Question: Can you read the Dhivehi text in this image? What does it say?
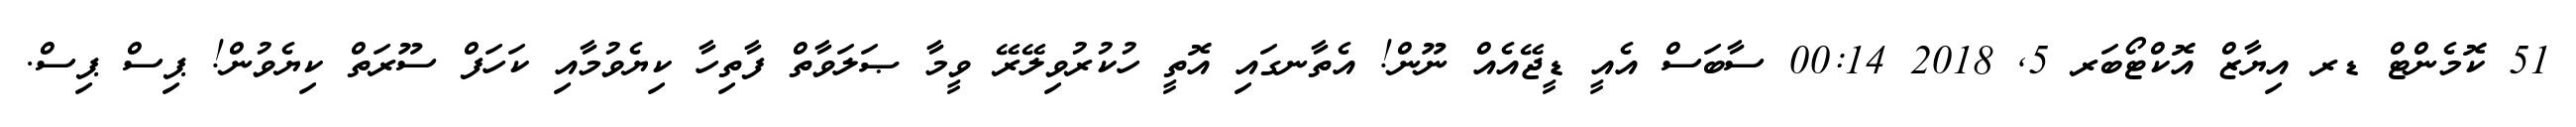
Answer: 51 ކޮމެންޓް ޑރ އިޔާޒް އޮކްޓޯބަރ 5, 2018 00:14 ސާބަސް އެއީ ޑީޖޭއެއް ނޫން! އެތާނގައި އޮތީ ހުކުރުވިލޭރޭ ވީމާ ޞަލަވާތް ފާތިހާ ކިޔެވުމާއި ކަހަފް ސޫރަތް ކިޔެވުން! ޕިސް ޕިސް.